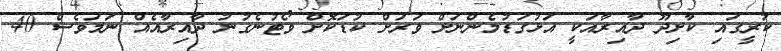
ކުރީގައި ކާށިދޫ ދާއިރާއަކީ އަޅުގަޑުމެންނަށް ވަރަށް ކުޑަކޮށް ވޯޓުނެގުނު ދާއިރާއެއް ނަމަވެސް 40